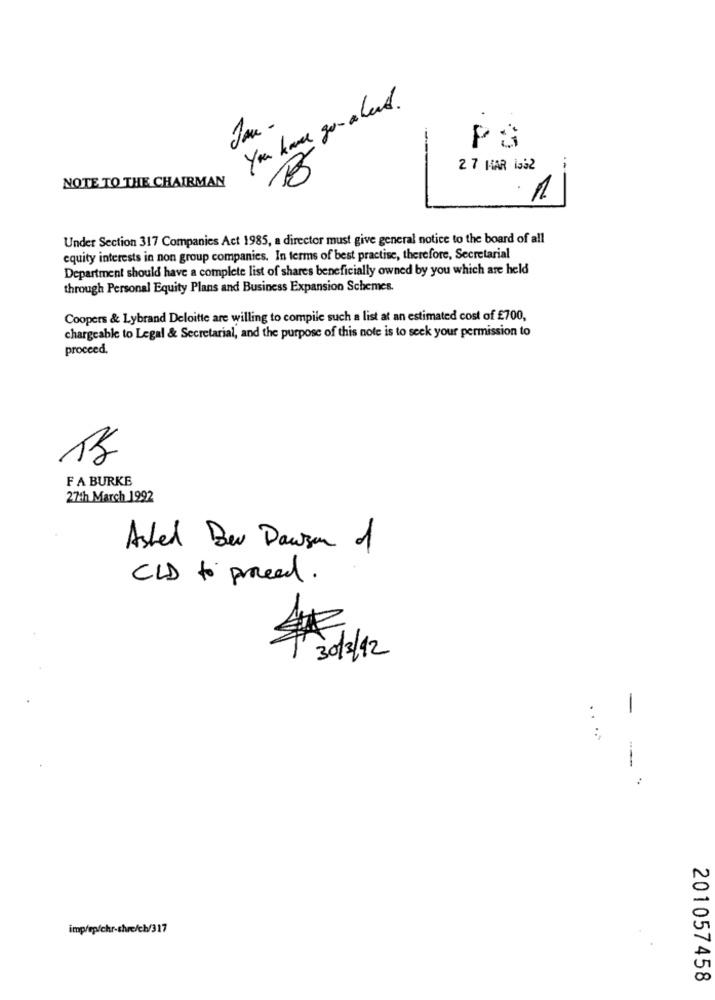
You have go- ahead.
Jan -
2 7 HAR 1332
NOTE TO THE CHAIRMAN
1
Under Section 317 Companies Act 1985, a director must give general notice to the board of all
equity interests in non group companies. In terms of best practise, therefore, Secretarial
Department should have a complete list of shares beneficially owned by you which are held
through Personal Equity Plans and Business Expansion Schemes.
Coopers & Lybrand Deloitte are willing to compile such a list at an estimated cost of £700,
chargeable to Legal & Secretarial, and the purpose of this note is to seek your permission to
proceed.
FA BURKE
27th March 1992
Asked Ber Dawson of
CLD to pread.
30/3/12
-
....
imp/ep/chr-shre/ch/317
201057458